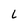
Character: L